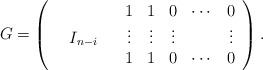
LaTeX: \begin{align*}G=\left(\begin{array}{ccccccccc} & && 1&1&0& \cdots & 0 \\ &I_{n-i}&& \vdots& \vdots & \vdots & & \vdots\\ & && 1&1&0& \cdots & 0 \\\end{array}\right).\end{align*}